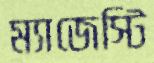
ম্যাজেস্টি